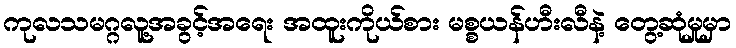
ကုလသမဂ္ဂလူ့အခွင့်အရေး အထူးကိုယ်စား မစ္စယန်ဟီးလီနဲ့ တွေ့ဆုံမှုမှာ